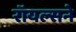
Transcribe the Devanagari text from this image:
रॉयल्सने